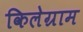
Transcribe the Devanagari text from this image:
किलेग्राम